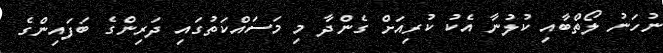
ނުހަނު ލޯތްބާއި ކުލުނާ އެކު ކުރިއަށް ގެންދާ މި މަސައްކަތުގައި ދަރިންގެ ބަފައިންގެ